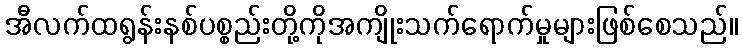
အီလက်ထရွန်းနစ်ပစ္စည်းတို့ကိုအကျိုးသက်ရောက်မှုများဖြစ်စေသည်။